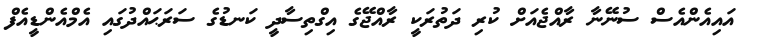
އައިއެންއެސް ސުނޭނާ ރާއްޖެއަށް ކުރި ދަތުރަކީ ރާއްޖޭގެ އިގްތިސާދީ ކަނޑުުގެ ސަރަޙައްދުގައި އެމްއެންޑީއެފް